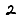
Digit: 2